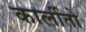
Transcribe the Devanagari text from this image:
कार्लीतो